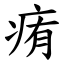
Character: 痏